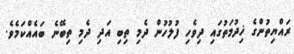
ރައްޔިތުންގެ ޚިދުމަތުގައި ދިވެހި ފުލުހުން ދެމި ތިބި އަދި ދެމި ތިބޭނެ ބައެއްކަމެވެ.